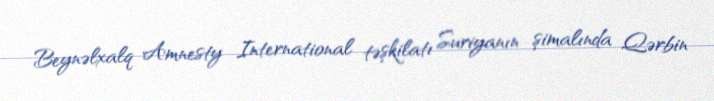
Beynəlxalq Amnesty International təşkilatı Suriyanın şimalında Qərbin